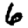
Digit: 6